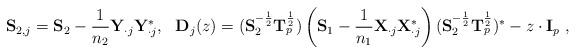
LaTeX: \begin{align*} {\bf S}_{2,j}={\bf S}_2-\frac{1}{n_2}{\bf Y}_{\cdot j}{\bf Y}^*_{\cdot j}, ~~ {\bf D}_j(z)=({\bf S}_2^{-\frac12}{\bf T}_p^{\frac12}) \left({\bf S}_{1}-\frac{1}{n_1}{\bf X}_{\cdot j}{\bf X}_{\cdot j}^*\right) ({\bf S}_2^{-\frac12}{\bf T}_p^{\frac12})^*-z\cdot{\bf I}_p~, \end{align*}